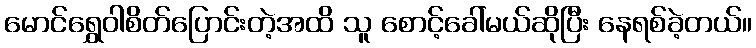
မောင်ရွှေဝါစိတ်ပြောင်းတဲ့အထိ သူ စောင့်ခေါ်မယ်ဆိုပြီး နေရစ်ခဲ့တယ်။